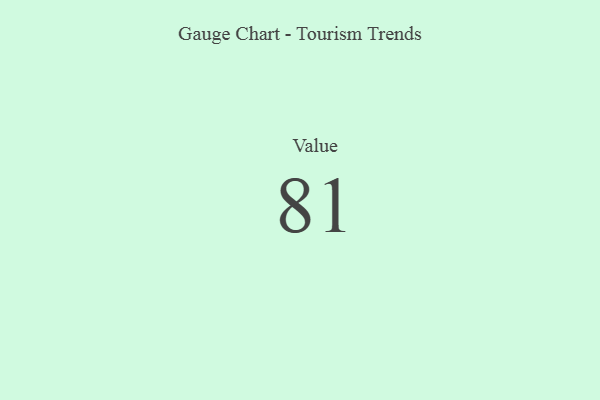
{"axis": {"x": "Metric", "y": "Value"}, "legend": [""], "data": [{"x": "Value", "y": 81, "type": ""}]}